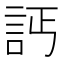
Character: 𧦉